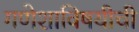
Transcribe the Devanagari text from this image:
गणेशाविषयीची